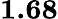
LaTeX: \mathbf{1.68}